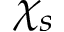
\chi _ { s }